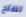
لنفتح